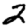
Digit: 2